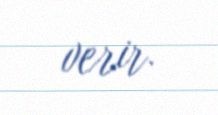
verir.